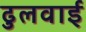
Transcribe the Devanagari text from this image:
ढुलवाई